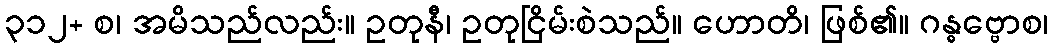
၃၁၂+ စ၊ အမိသည်လည်း။ ဥတုနီ၊ ဥတုငြိမ်းစဲသည်။ ဟောတိ၊ ဖြစ်၏။ ဂန္ဓဗ္ဗောစ၊